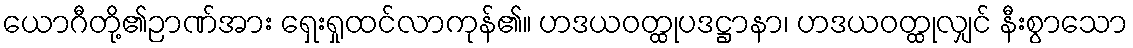
ယောဂီတို့၏ဉာဏ်အား ရှေးရှုထင်လာကုန်၏။ ဟဒယဝတ္ထုပဒဋ္ဌာနာ၊ ဟဒယဝတ္ထုလျှင် နီးစွာသော